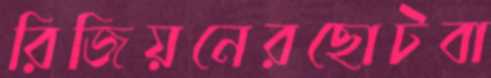
রিজিয়নেরছোটবা